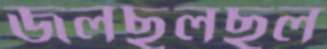
জলছলছল